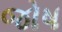
જોષ